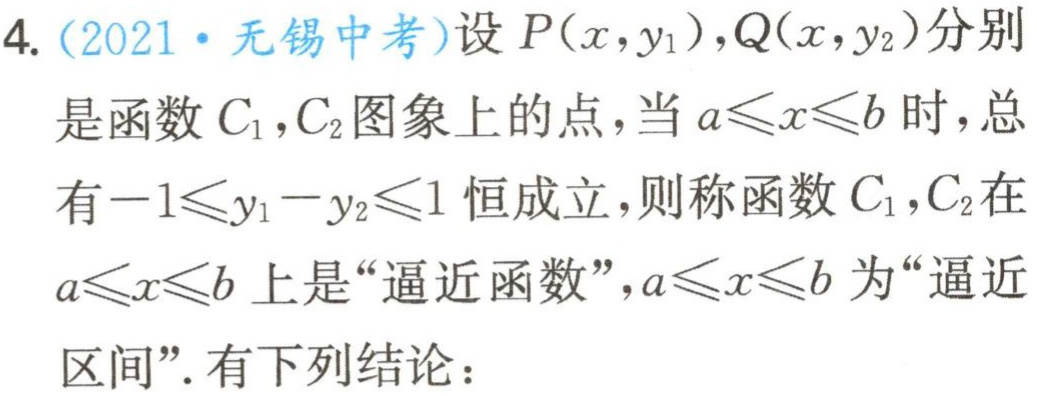
4.（2021·无锡中考）设$P(x,y_{1}),Q(x,y_{2})$分别
是函数$C_{1},C_{2}$图象上的点，当$a\leqslant x\leqslant b$时，总
有$-1\leqslant y_{1}-y_{2}\leqslant1$恒成立，则称函数$C_{1},C_{2}$在
$a\leqslant x\leqslant b$上是“逼近函数”，$a\leqslant x\leqslant b$为“逼近
区间”. 有下列结论：